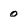
Character: 0